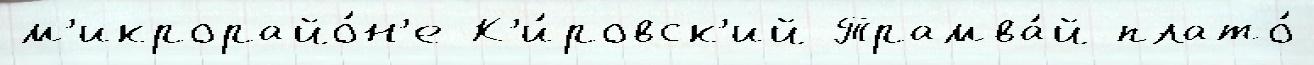
м'икрорайо́н'е К'и́ровск'ий Трамва́й плато́